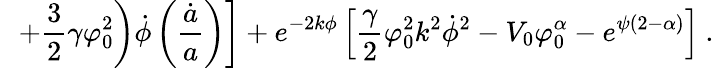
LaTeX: \ \ \left.\left.+\frac{3}{2}\gamma\varphi_{0}^{2}\right)\dot{\phi}\left(\frac{\dot{a}}{a}\right)\right]+e^{-2k\phi}\left[\frac{\gamma}{2}\varphi_{0}^{2}k^{2}\dot{\phi}^{2}-V_{0}\varphi_{0}^{\alpha}-e^{\psi(2-\alpha)}\right]\ .